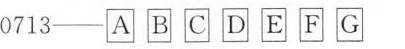
0713──\boxed{A} \boxed{B} \boxed{C} \boxed{D} \boxed{E} \boxed{F} \boxed{G}